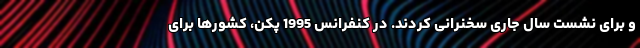
و برای نشست سال جاری سخنرانی کردند. در کنفرانس 1995 پکن، کشورها برای